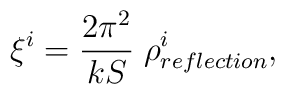
\xi^i = {2\pi^2\over k S} \; \rho^i_{reflection},